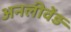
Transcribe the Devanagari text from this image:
अनलीवेंड़